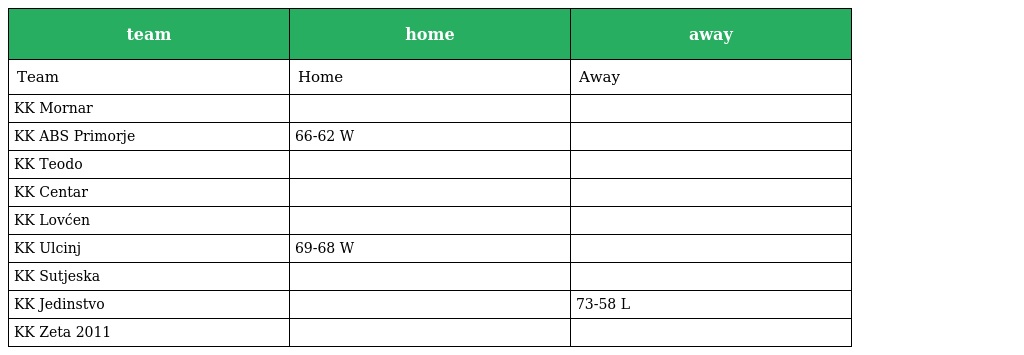
| team | home | away |
 | --- | --- | --- |
 | Team | Home | Away |
 | KK Mornar |  |  |
 | KK ABS Primorje | 66-62 W |  |
 | KK Teodo |  |  |
 | KK Centar |  |  |
 | KK Lovćen |  |  |
 | KK Ulcinj | 69-68 W |  |
 | KK Sutjeska |  |  |
 | KK Jedinstvo |  | 73-58 L |
 | KK Zeta 2011 |  |  |